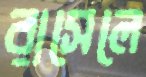
রাসেলে